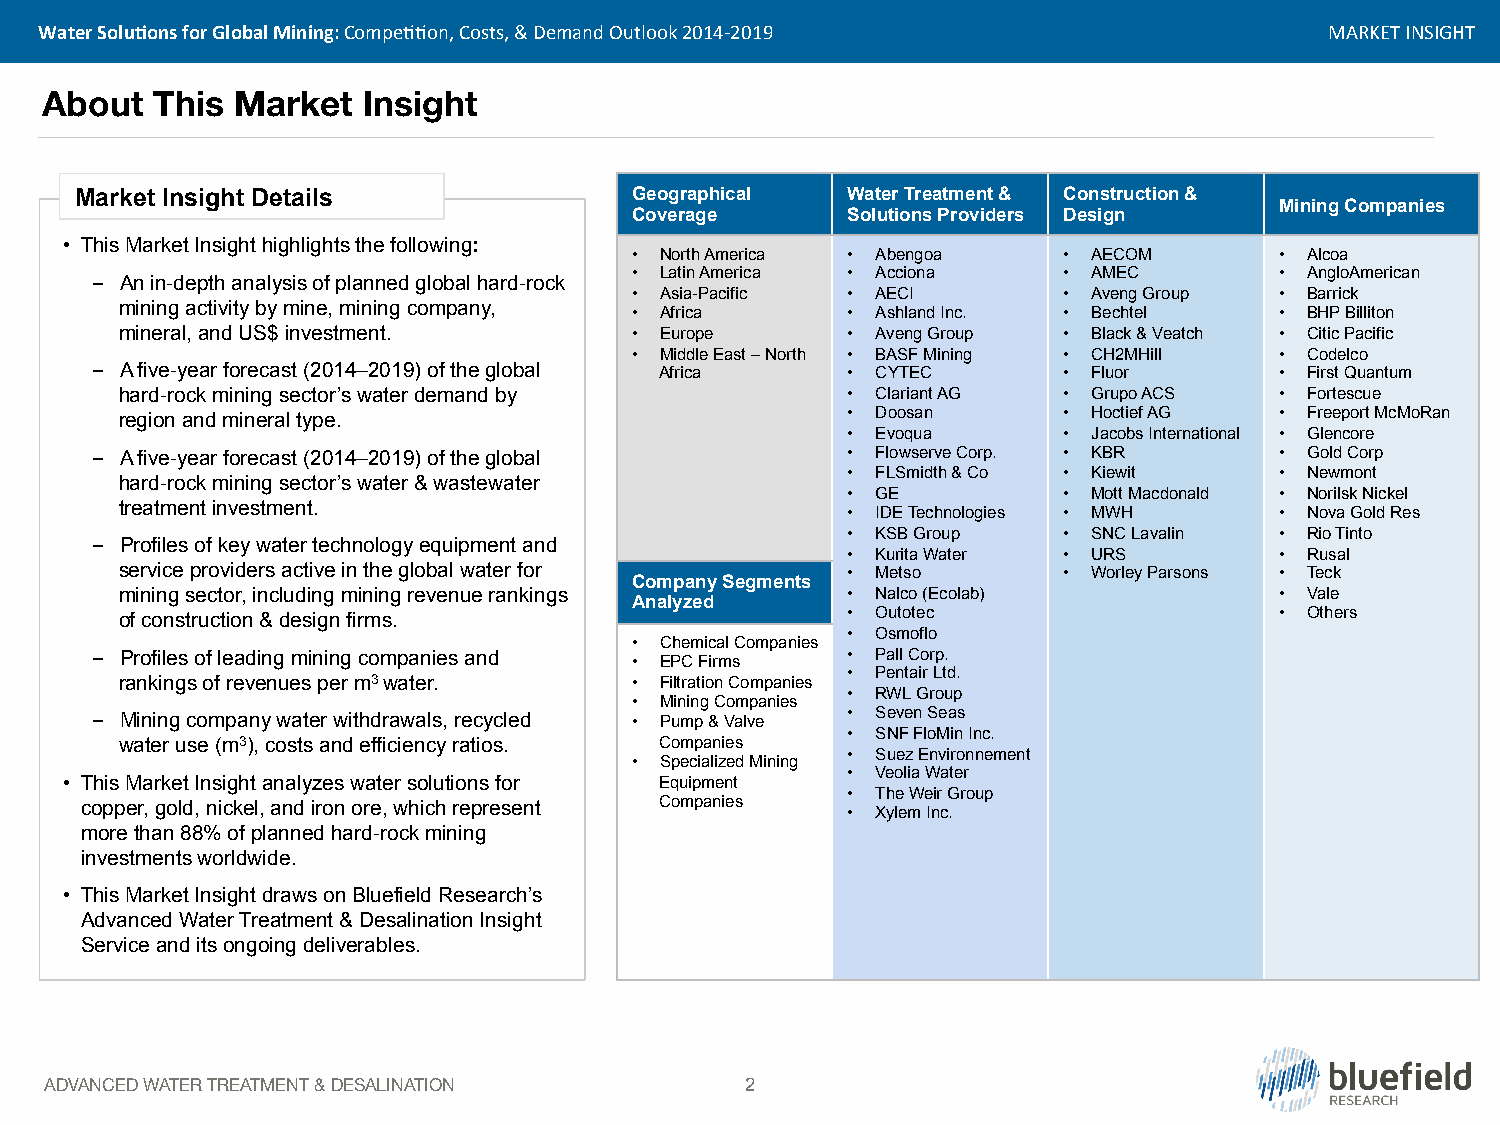
Water'Solu5ons'for'Global'Mining:'Compe55on,%Costs,%&%Demand%Outlook%2014E2019 % % % % % % %%%%%%%%%%MARKET%INSIGHT%
 About  This Market   Insight
 Market Insight Details               Geographical  Water Treatment & Construction &
 Mining Companies
 Coverage      Solutions Providers Design
 • This Market Insight highlights the following:
 • North America • Abengoa   • AECOM        • Alcoa
 • Latin America • Acciona   • AMEC         • AngloAmerican
 - An in-depth analysis of planned global hard-rock
 • Asia-Pacific • AECI       • Aveng Group  • Barrick
 mining activity by mine, mining company,
 • Africa      • Ashland Inc. • Bechtel     • BHP Billiton
 mineral, and US$ investment.      • Europe      • Aveng Group • Black & Veatch • Citic Pacific
 • Middle East – North • BASF Mining • CH2MHill • Codelco
 - A five-year forecast (2014–2019) of the global Africa • CYTEC • Fluor        • First Quantum
 hard-rock mining sector’s water demand by       • Clariant AG • Grupo ACS    • Fortescue
 region and mineral type.                        • Doosan      • Hoctief AG   • Freeport McMoRan
 • Evoqua      • Jacobs International • Glencore
 - A five-year forecast (2014–2019) of the global  • Flowserve Corp. • KBR      • Gold Corp
 • FLSmidth & Co • Kiewit     • Newmont
 hard-rock mining sector’s water & wastewater
 • GE          • Mott Macdonald • Norilsk Nickel
 treatment investment.
 • IDE Technologies • MWH     • Nova Gold Res
 • KSB Group   • SNC Lavalin  • Rio Tinto
 - Profiles of key water technology equipment and
 • Kurita Water • URS         • Rusal
 service providers active in the global water for • Metso      • Worley Parsons • Teck
 Company Segments
 mining sector, including mining revenue rankings • Nalco (Ecolab)            • Vale
 Analyzed
 of construction & design firms.                 • Outotec                    • Others
 • Osmoflo
 • Chemical Companies
 - Profiles of leading mining companies and • EPC Firms • Pall Corp.
 • Pentair Ltd.
 rankings of revenues per m3 water. • Filtration Companies
 • RWL Group
 • Mining Companies
 - Mining company water withdrawals, recycled • Pump & Valve • Seven Seas
 • SNF FloMin Inc.
 water use (m3), costs and efficiency ratios. Companies
 • Suez Environnement
 • Specialized Mining
 • Veolia Water
 • This Market Insight analyzes water solutions for Equipment
 • The Weir Group
 copper, gold, nickel, and iron ore, which represent Companies
 • Xylem Inc.
 more than 88% of planned hard-rock mining
 investments worldwide.
 • This Market Insight draws on Bluefield Research’s
 Advanced Water Treatment & Desalination Insight
 Service and its ongoing deliverables.
 ADVANCED WATER TREATMENT & DESALINATION       2